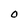
Character: O